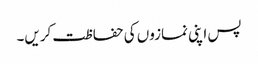
پس اپنی نمازوں کی حفاظت کریں۔